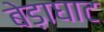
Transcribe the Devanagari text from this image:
बेड़ाघाट